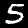
Digit: 5